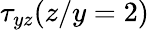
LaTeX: \tau_{yz}(z/y=2)